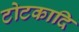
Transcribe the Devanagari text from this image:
टोटकादि